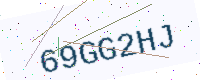
Text: 69GG2HJ